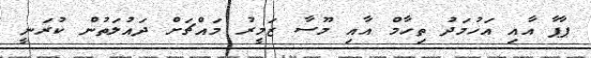
ޕާޕާ އާއި އަހުމަދު ތިހާމް އާއި މޫސާ ޒަމީރު މައްޗަށް ދައުލަތުން ކުރަނީ